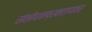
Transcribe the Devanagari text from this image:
संशोधनप्रकल्पावर